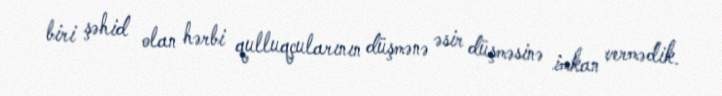
biri şəhid olan hərbi qulluqçularının düşmənə əsir düşməsinə imkan vermədik.